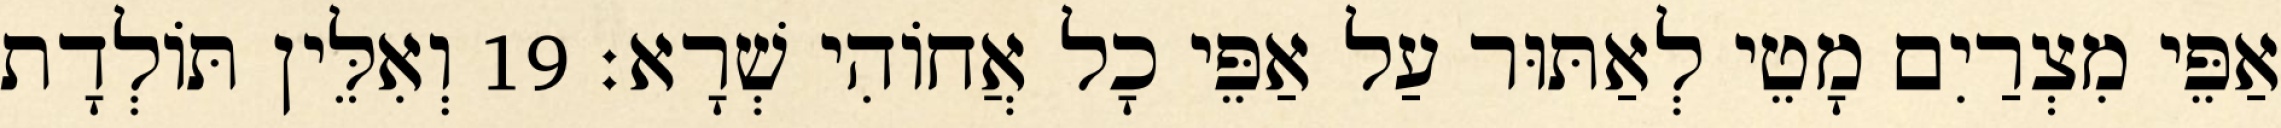
אַפֵּי מִצְרַיִם מָטֵי לְאַתּוּר עַל אַפֵּי כָל אֲחוֹהִי שְׁרָא׃ 19 וְאִלֵּין תּוֹלְדָת